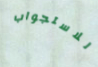
للاستجواب